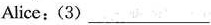
Alice:(3)___